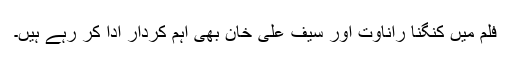
فلم میں کنگنا راناوت اور سیف علی خان بھی اہم کردار ادا کر رہے ہیں۔